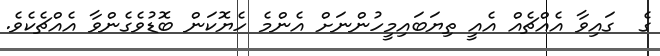
ގެ  ގައިވާ އެއްޗެއް އެއީ ތިޔަބައިމީހުންނަށް އެންމެ ހެޔޮކަން ބޮޑުވެގެންވާ އެއްޗެކެވެ.